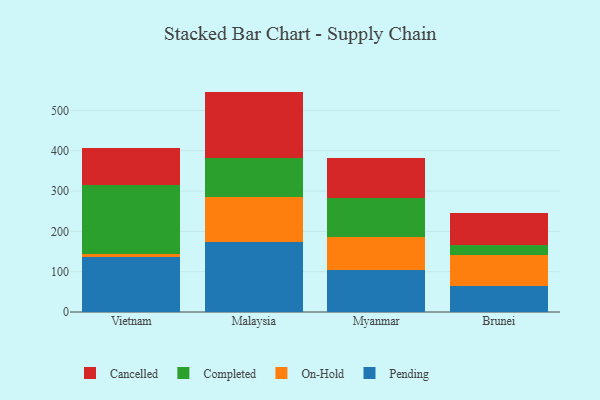
{"axis": {"x": "Country", "y": "Temperature (°C)"}, "legend": ["Cancelled", "Completed", "On-Hold", "Pending"], "data": [{"x": "Vietnam", "y": 135.4, "type": "Pending"}, {"x": "Vietnam", "y": 9.4, "type": "On-Hold"}, {"x": "Vietnam", "y": 170.8, "type": "Completed"}, {"x": "Vietnam", "y": 91.8, "type": "Cancelled"}, {"x": "Malaysia", "y": 174.7, "type": "Pending"}, {"x": "Malaysia", "y": 110.0, "type": "On-Hold"}, {"x": "Malaysia", "y": 98.1, "type": "Completed"}, {"x": "Malaysia", "y": 164.0, "type": "Cancelled"}, {"x": "Myanmar", "y": 103.1, "type": "Pending"}, {"x": "Myanmar", "y": 82.2, "type": "On-Hold"}, {"x": "Myanmar", "y": 97.3, "type": "Completed"}, {"x": "Myanmar", "y": 100.1, "type": "Cancelled"}, {"x": "Brunei", "y": 64.3, "type": "Pending"}, {"x": "Brunei", "y": 77.3, "type": "On-Hold"}, {"x": "Brunei", "y": 24.4, "type": "Completed"}, {"x": "Brunei", "y": 79.3, "type": "Cancelled"}]}